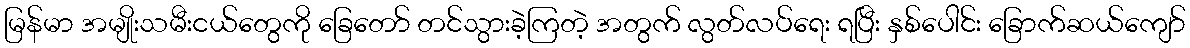
မြန်မာ အမျိုးသမီးငယ်တွေကို ခြေတော် တင်သွားခဲ့ကြတဲ့ အတွက် လွတ်လပ်ရေး ရပြီး နှစ်ပေါင်း ခြောက်ဆယ်ကျော်